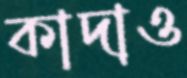
কাদাও